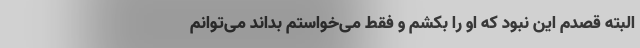
البته قصدم این نبود که او را بکشم و فقط می‌خواستم بداند می‌توانم